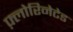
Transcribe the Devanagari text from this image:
फ़्लोरिनेटेड